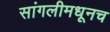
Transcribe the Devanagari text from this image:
सांगलीमधूनच